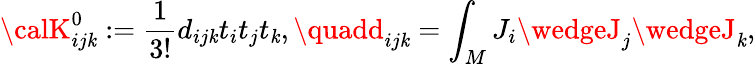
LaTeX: {\calK}_{ij\mathit{k}}^{0}:=\frac{{1}}{{3!}}d_{ij\mathit{k}}t_{i}t_{j}t_{\mathit{k}},\quadd_{ij\mathit{k}}=\int_{M}J_{i}\wedgeJ_{j}\wedgeJ_{\mathit{k}},